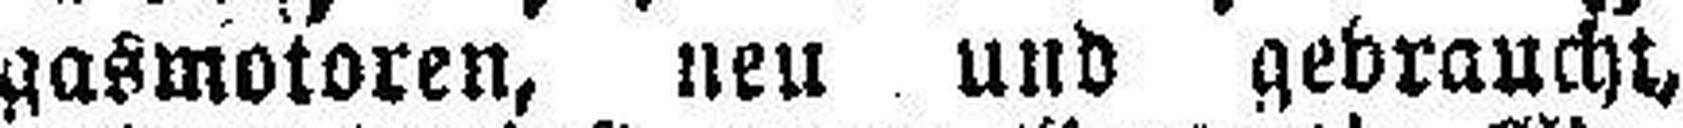
gasmotoren, neu und gebraucht,